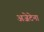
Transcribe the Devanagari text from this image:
अजेटेना